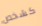
كشخص